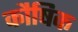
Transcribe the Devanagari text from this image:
कौषिक